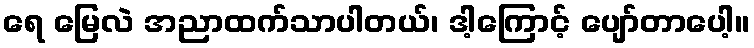
ရေ မြေလဲ အညာထက်သာပါတယ်၊ ဒါ့ကြောင့် ပျော်တာပေါ့။